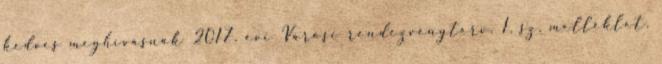
kedves meghívásnak 2017. évi Városi rendezvényterv. 1. sz. melléklet.